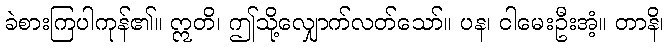
ခဲစားကြပါကုန်၏။ ဣတိ၊ ဤသို့လျှောက်လတ်သော်။ ပန၊ ငါမေးဦးအံ့။ တာနိ၊